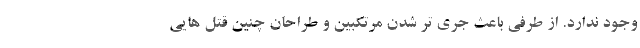
وجود ندارد. از طرفی باعث جری تر شدن مرتکبین و طراحان چنین قتل هایی